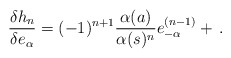
\begin{align*}\frac{\delta h_n}{\delta e_\alpha}=(-1)^{n+1}\frac{\alpha(a)}{\alpha(s)^{n}}e_{-\alpha}^{(n-1)}+\,.\end{align*}